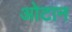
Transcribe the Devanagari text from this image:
ओटान